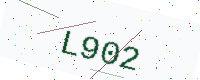
Text: L902